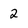
Character: 2